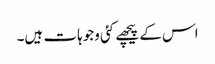
اس کے پیچھے کئی وجوہات ہیں۔